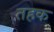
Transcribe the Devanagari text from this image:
तहक